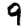
Digit: 9